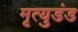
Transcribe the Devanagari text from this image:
मृत्युडंड